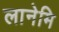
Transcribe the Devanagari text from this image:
लानेमि